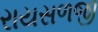
રાયસળજી